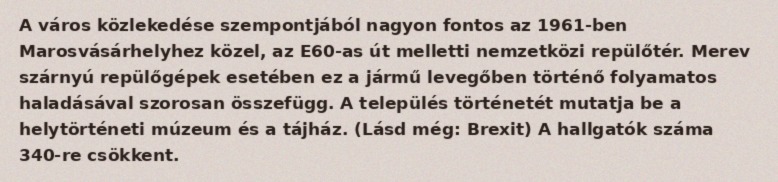
A város közlekedése szempontjából nagyon fontos az 1961-ben Marosvásárhelyhez közel, az E60-as út melletti nemzetközi repülőtér. Merev szárnyú repülőgépek esetében ez a jármű levegőben történő folyamatos haladásával szorosan összefügg. A település történetét mutatja be a helytörténeti múzeum és a tájház. (Lásd még: Brexit) A hallgatók száma 340-re csökkent.